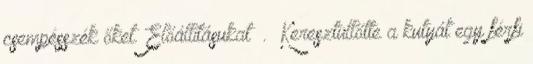
csempésszék őket. Előállításukat . Keresztüllőtte a kutyát egy férfi